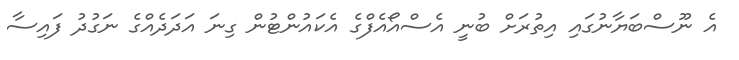
އެ ނޫސްބަޔާނުގައި އިތުރަށް ބުނީ އެސްއޯއެފްގެ އެކައުންޓުން ގިނަ އަދަދެއްގެ ނަގުދު ފައިސާ